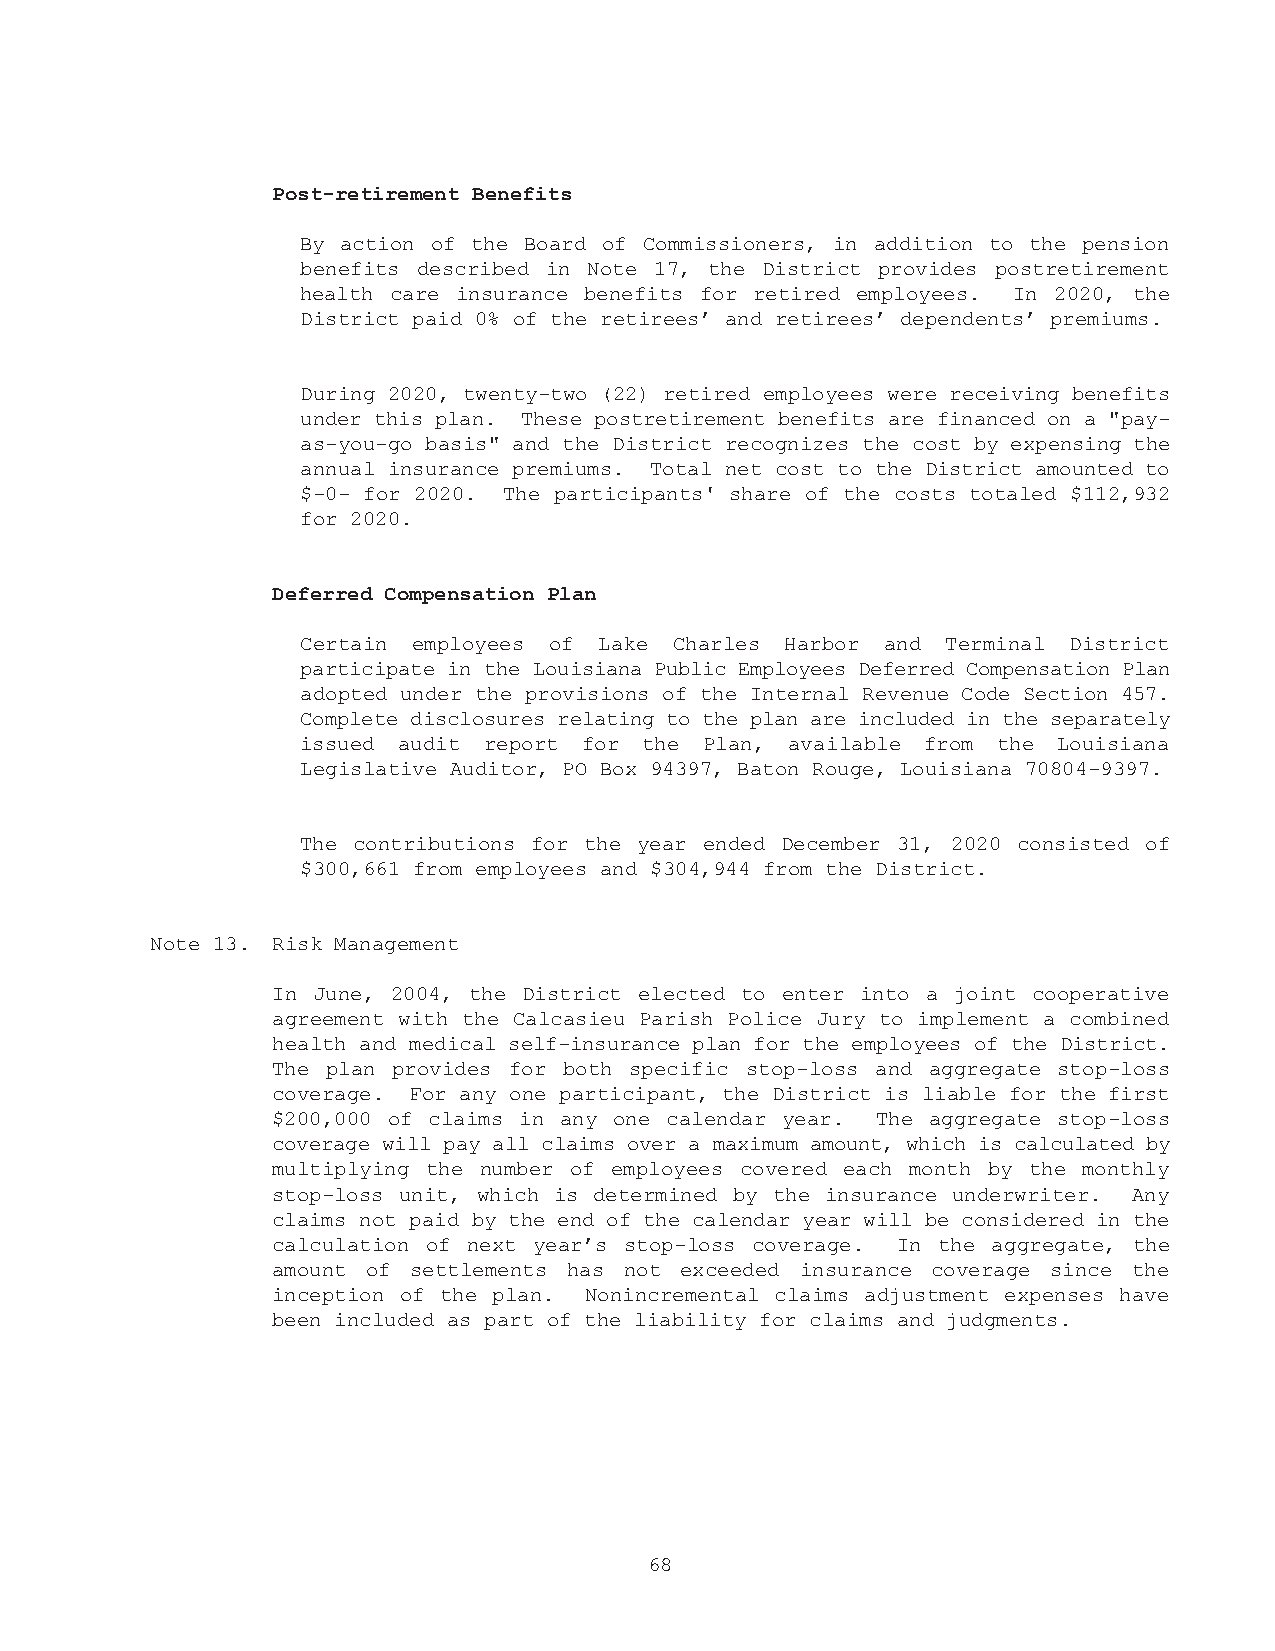
Post-retirement Benefits
 By action of the Board of Commissioners, in addition to the pension
 benefits described in Note 17, the District provides postretirement
 health care insurance benefits for retired employees. In 2020, the
 District paid 0% of the retirees’ and retirees’ dependents’ premiums.
 During 2020, twenty-two (22) retired employees were receiving benefits
 under this plan. These postretirement benefits are financed on a "pay-
 as-you-go basis" and the District recognizes the cost by expensing the
 annual insurance premiums. Total net cost to the District amounted to
 $-0- for 2020. The participants' share of the costs totaled $112,932
 for 2020.
 Deferred Compensation Plan
 Certain employees of Lake Charles Harbor and Terminal District
 participate in the Louisiana Public Employees Deferred Compensation Plan
 adopted under the provisions of the Internal Revenue Code Section 457.
 Complete disclosures relating to the plan are included in the separately
 issued audit report for the Plan, available from the Louisiana
 Legislative Auditor, PO Box 94397, Baton Rouge, Louisiana 70804-9397.
 The contributions for the year ended December 31, 2020 consisted of
 $300,661 from employees and $304,944 from the District.
 Note 13. Risk Management
 In June, 2004, the District elected to enter into a joint cooperative
 agreement with the Calcasieu Parish Police Jury to implement a combined
 health and medical self-insurance plan for the employees of the District.
 The plan provides for both specific stop-loss and aggregate stop-loss
 coverage. For any one participant, the District is liable for the first
 $200,000 of claims in any one calendar year. The aggregate stop-loss
 coverage will pay all claims over a maximum amount, which is calculated by
 multiplying the number of employees covered each month by the monthly
 stop-loss unit, which is determined by the insurance underwriter. Any
 claims not paid by the end of the calendar year will be considered in the
 calculation of next year’s stop-loss coverage. In the aggregate, the
 amount of settlements has not exceeded insurance coverage since the
 inception of the plan. Nonincremental claims adjustment expenses have
 been included as part of the liability for claims and judgments.
 68